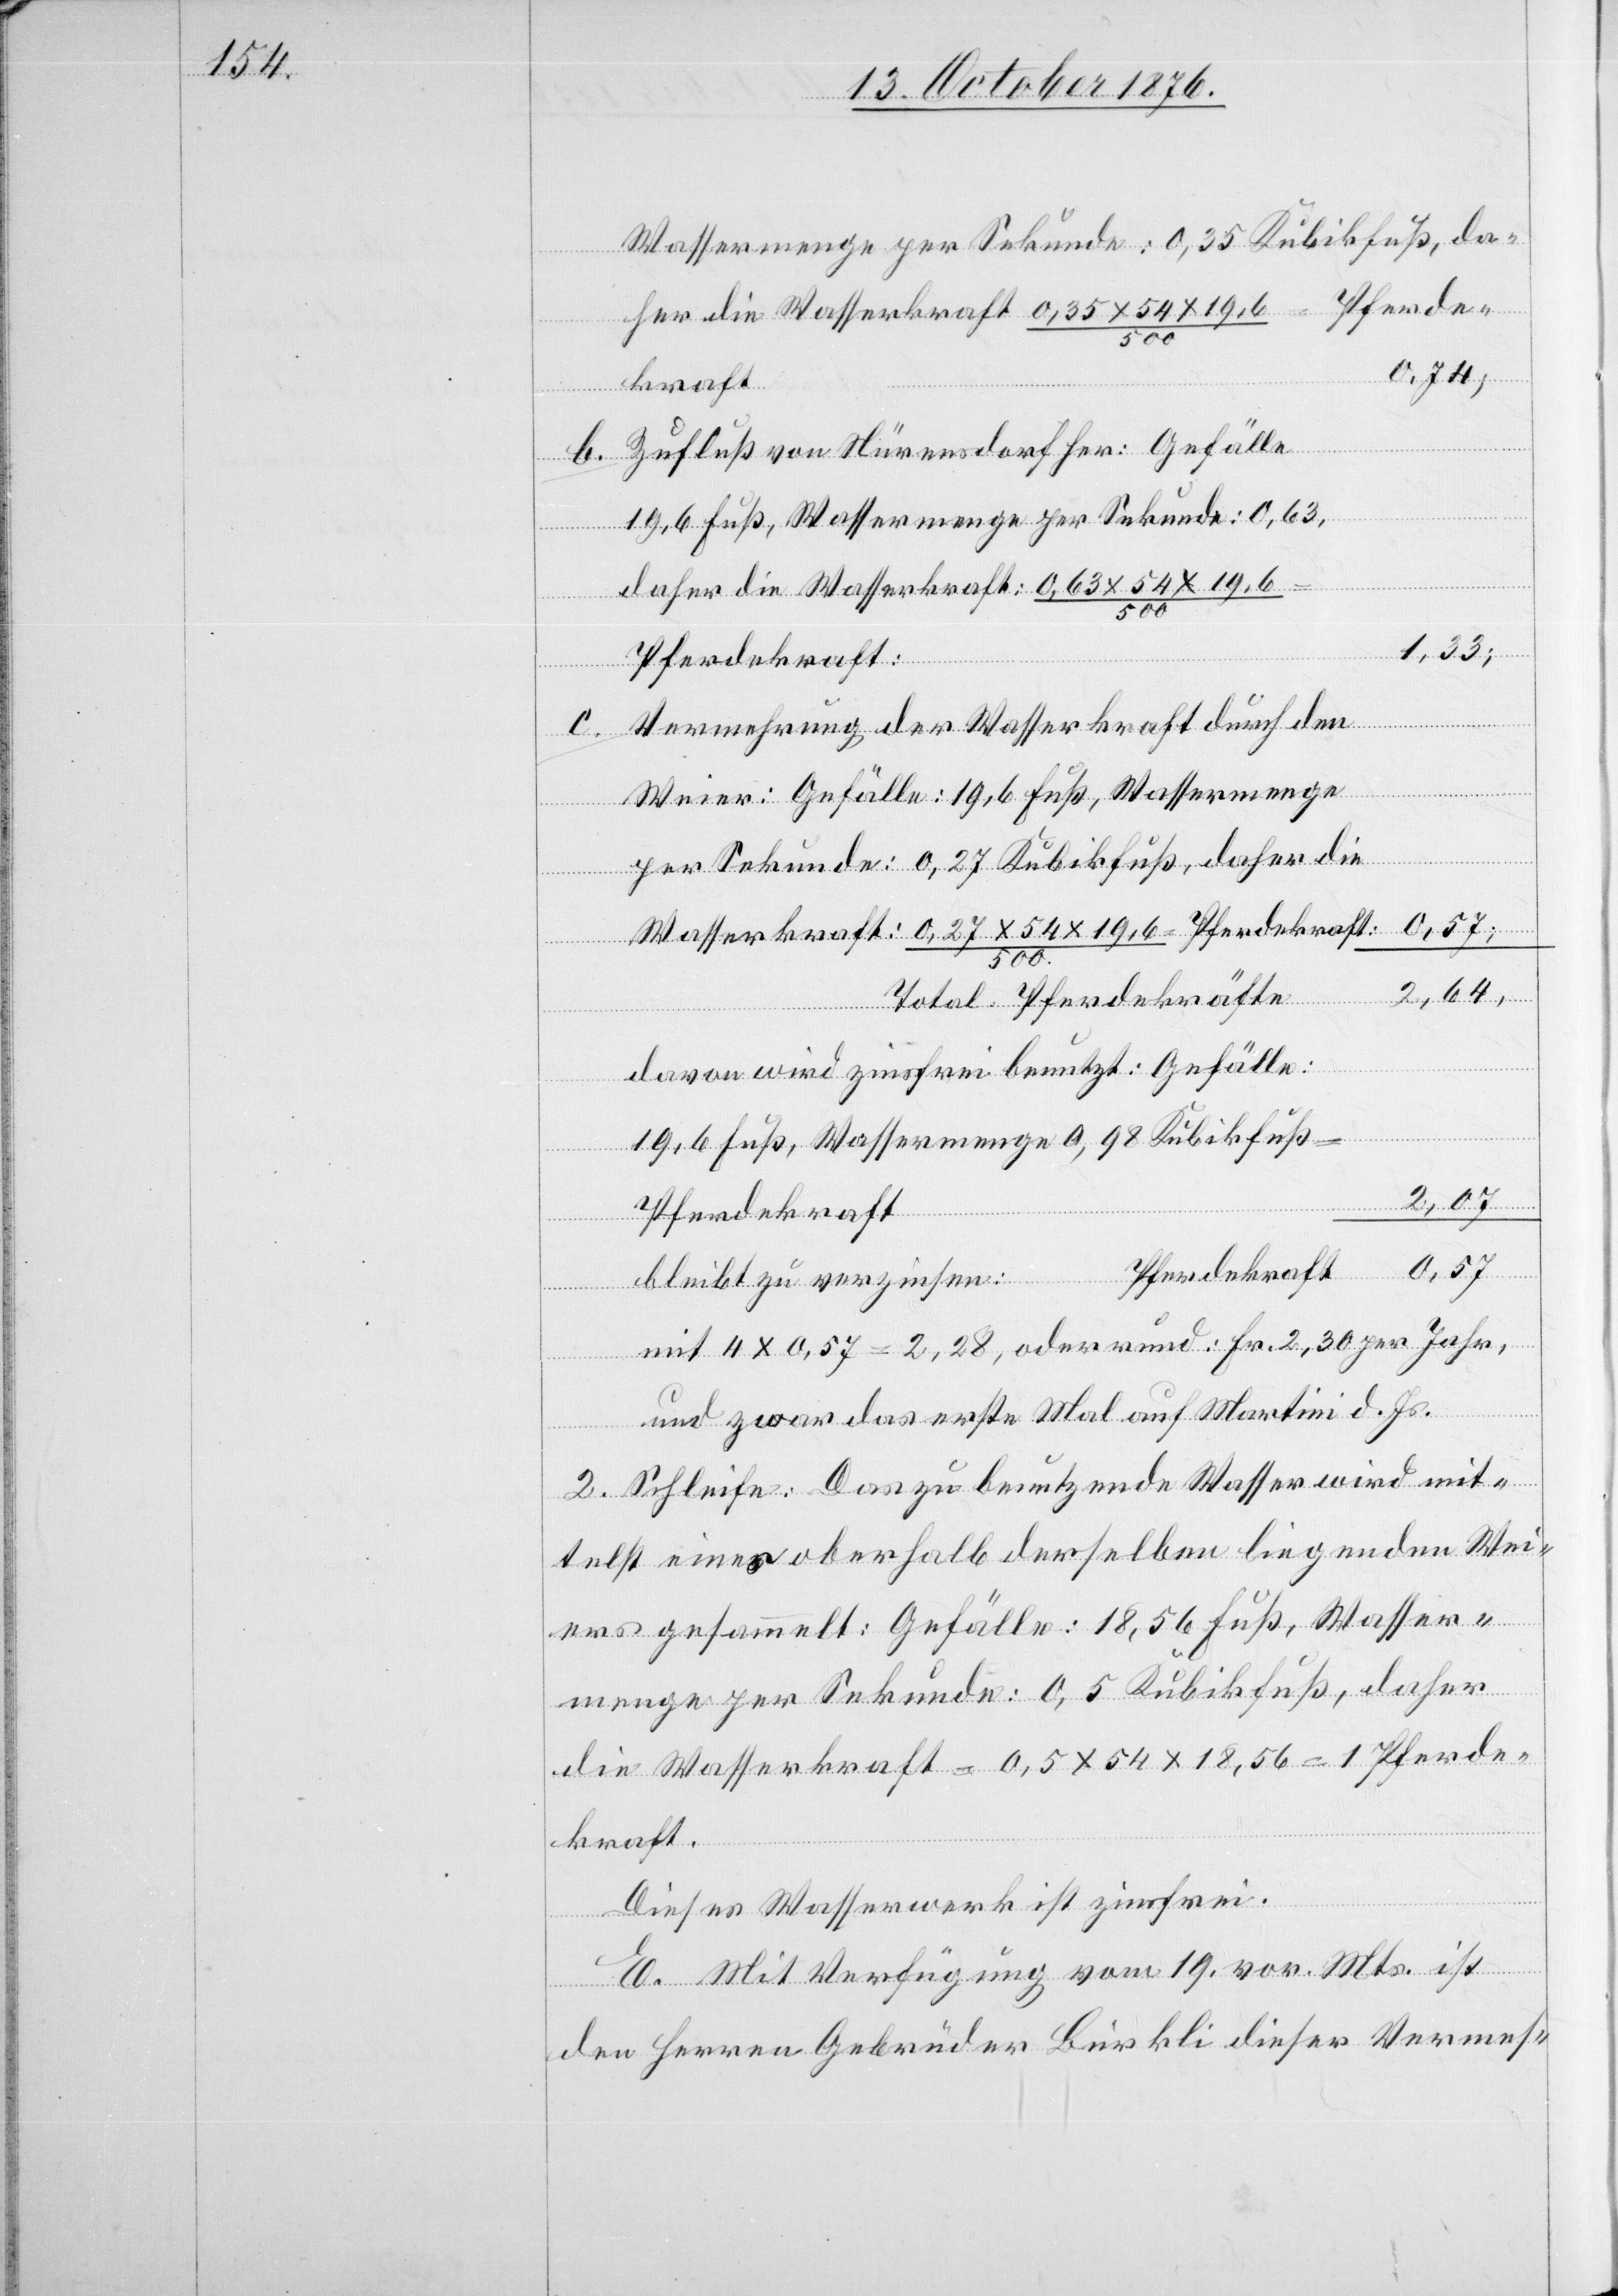
Wassermenge per Sekunde: 0,35 Kubikfuß, da¬
her die Wasserkraft 0,35 x 54 x 19,6/500 = Pferde¬
54
kraft:
Zufluß von Nürensdorf her: Gefälle
19,6 Fuß, Wassermenge per Sekunde: 0,63,
daher die Wasserkraft: 0,63 x 54 x
Wasser¬
1,33;
Pferdekraft:
Vermehrung der Wasserkraft durch den
b.
Weier: Gefälle: 19,6 Fuß, Wassermenge
per Sekunde: 0,27 Kubikfuß, daher die
2,64,
Total Pferdekräfte
davon wird zinsfrei benutzt: Gefälle:
19,6 Fuß, Wassermenge 0,98 Kubikfuß
2,07
Pferdekraft
0,57
bleibt zu verzinsen:
mit 4 x 0,57 = 2,28, oder rund: Fr. 2,30 per Jahr,
und zwar das erste Mal auf Martini d. Js.
2. Schleife: Das zu benutzende Wasser wird mit¬
telst eines oberhalb derselben liegenden Wei¬
ers gesammelt: Gefälle: 18,56 Fuß, Wasser¬
menge per Sekunde: 0,5 Kubikfuß, daher
die Wasserkraft = 0,5 x 54 x 18,56 = 1 Pferde¬
kraft.
Dieses Wasserwerk ist zinsfrei.
E. Mit Verfügung vom 19. vor. Mts. ist
den Herren Gebrüder Bürkli dieser Vermes-